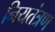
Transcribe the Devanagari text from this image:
नियतंत्रण